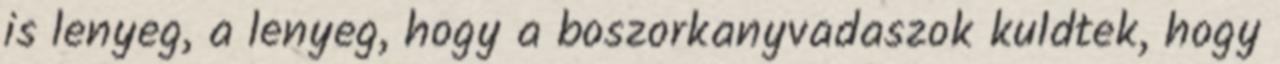
is lenyeg, a lenyeg, hogy a boszorkanyvadaszok kuldtek, hogy